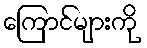
ကြောင်များကို